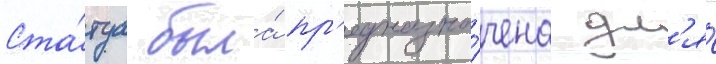
Ста́туа была́ пр'едназна́чена дл'я́